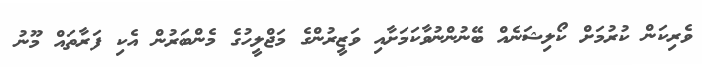
ވެރިކަން ކުރުމަށް ކޯލިޝަނެއް ބޭނުންނުވާކަމަށާއި ވަޒީރުންގެ މަޖްލީހުގެ މެންބަރުން އެކި ފަރާތައް މޫނު